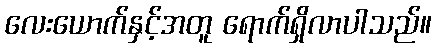
လေးယောက်နှင့်အတူ ရောက်ရှိလာပါသည်။